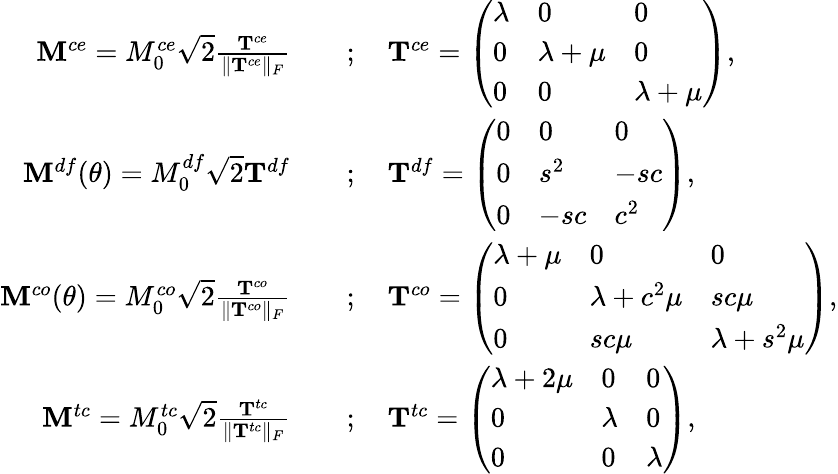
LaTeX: \begin{array}{rl}{{\mathbf{M}}^{ce}=M_{0}^{ce}\sqrt{2}\frac{\mathbf{T}^{ce}}{\Vert\mathbf{T}^{ce}\Vert_{F}}\quad}&{;\quad\mathbf{T}^{ce}=\left(\begin{array}{lll}{\lambda}&{0}&{0}\\ {0}&{\lambda+\mu}&{0}\\ {0}&{0}&{\lambda+\mu}\end{array}\right),}\\ {{\mathbf{M}}^{df}(\theta)=M_{0}^{df}\sqrt{2}\mathbf{T}^{df}\quad}&{;\quad\mathbf{T}^{df}=\left(\begin{array}{lll}{0}&{0}&{0}\\ {0}&{s^{2}}&{-sc}\\ {0}&{-sc}&{c^{2}}\end{array}\right),}\\ {{\mathbf{M}}^{co}(\theta)=M_{0}^{co}\sqrt{2}\frac{\mathbf{T}^{co}}{\Vert\mathbf{T}^{co}\Vert_{F}}\quad}&{;\quad\mathbf{T}^{co}=\left(\begin{array}{lll}{\lambda+\mu}&{0}&{0}\\ {0}&{\lambda+c^{2}\mu}&{sc\mu}\\ {0}&{sc\mu}&{\lambda+s^{2}\mu}\end{array}\right),}\\ {{\mathbf{M}}^{tc}=M_{0}^{tc}\sqrt{2}\frac{\mathbf{T}^{tc}}{\Vert\mathbf{T}^{tc}\Vert_{F}}\quad}&{;\quad\mathbf{T}^{tc}=\left(\begin{array}{lll}{\lambda+2\mu}&{0}&{0}\\ {0}&{\lambda}&{0}\\ {0}&{0}&{\lambda}\end{array}\right),}\end{array}